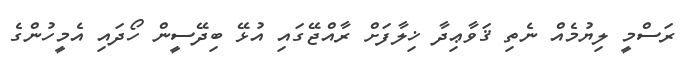
ރަސްމީ ލިޔުމެއް ނެތި ޤަވާޢިދާ ޚިލާފަށް ރާއްޖޭގައި އުޅޭ ބިދޭސީން ހޯދައި އެމީހުންގެ